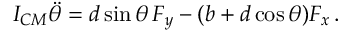
\begin{array} { r } { I _ { C M } \ddot { \theta } = d \sin \theta \, F _ { y } - ( b + d \cos \theta ) F _ { x } \, . } \end{array}